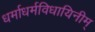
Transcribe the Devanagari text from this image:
धर्माधर्मविधायिनीम्